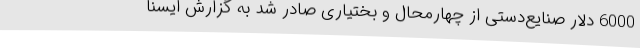
6000 دلار صنایع‌دستی از چهارمحال و بختیاری صادر شد به گزارش ایسنا